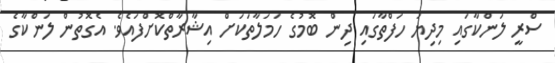
ސްރީ ލަންކާގައި މިދިޔަ ހަފްތާގައި ދިން ބޮމުގެ ހަމަލާތަކަށް އިޝާރާތްކޮށްފައެވެ. އެގޮތުން ލަންކާގެ